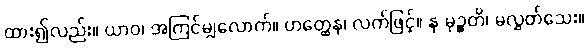
ထား၍လည်း။ ယာဝ၊ အကြင်မျှလောက်။ ဟတ္ထေန၊ လက်ဖြင့်။ န မုဉ္စတိ၊ မလွှတ်သေး။